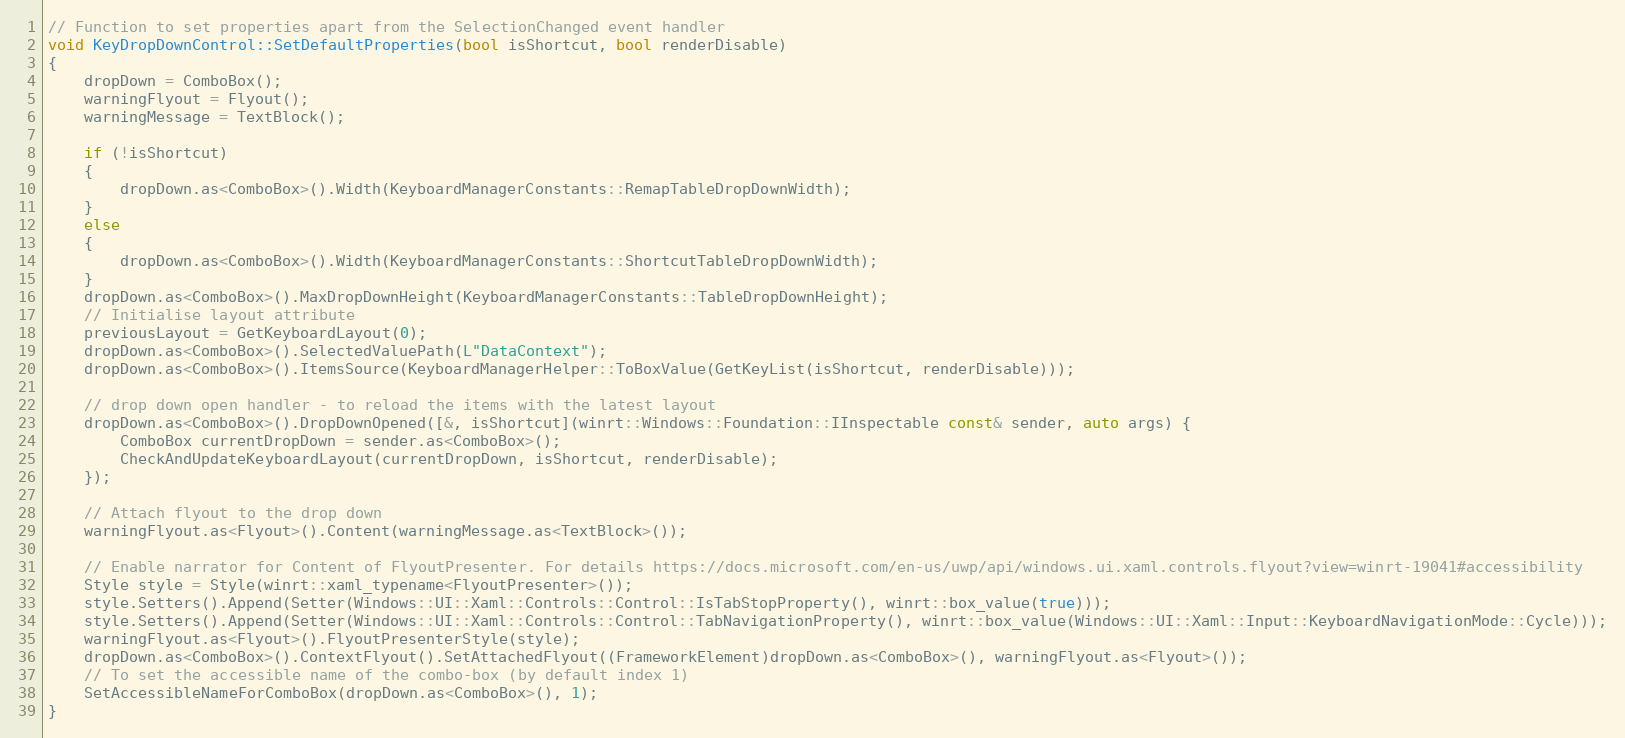
Language: C++
// Function to set properties apart from the SelectionChanged event handler
void KeyDropDownControl::SetDefaultProperties(bool isShortcut, bool renderDisable)
{
    dropDown = ComboBox();
    warningFlyout = Flyout();
    warningMessage = TextBlock();

    if (!isShortcut)
    {
        dropDown.as<ComboBox>().Width(KeyboardManagerConstants::RemapTableDropDownWidth);
    }
    else
    {
        dropDown.as<ComboBox>().Width(KeyboardManagerConstants::ShortcutTableDropDownWidth);
    }
    dropDown.as<ComboBox>().MaxDropDownHeight(KeyboardManagerConstants::TableDropDownHeight);
    // Initialise layout attribute
    previousLayout = GetKeyboardLayout(0);
    dropDown.as<ComboBox>().SelectedValuePath(L"DataContext");
    dropDown.as<ComboBox>().ItemsSource(KeyboardManagerHelper::ToBoxValue(GetKeyList(isShortcut, renderDisable)));

    // drop down open handler - to reload the items with the latest layout
    dropDown.as<ComboBox>().DropDownOpened([&, isShortcut](winrt::Windows::Foundation::IInspectable const& sender, auto args) {
        ComboBox currentDropDown = sender.as<ComboBox>();
        CheckAndUpdateKeyboardLayout(currentDropDown, isShortcut, renderDisable);
    });

    // Attach flyout to the drop down
    warningFlyout.as<Flyout>().Content(warningMessage.as<TextBlock>());

    // Enable narrator for Content of FlyoutPresenter. For details https://docs.microsoft.com/en-us/uwp/api/windows.ui.xaml.controls.flyout?view=winrt-19041#accessibility
    Style style = Style(winrt::xaml_typename<FlyoutPresenter>());
    style.Setters().Append(Setter(Windows::UI::Xaml::Controls::Control::IsTabStopProperty(), winrt::box_value(true)));
    style.Setters().Append(Setter(Windows::UI::Xaml::Controls::Control::TabNavigationProperty(), winrt::box_value(Windows::UI::Xaml::Input::KeyboardNavigationMode::Cycle)));
    warningFlyout.as<Flyout>().FlyoutPresenterStyle(style);
    dropDown.as<ComboBox>().ContextFlyout().SetAttachedFlyout((FrameworkElement)dropDown.as<ComboBox>(), warningFlyout.as<Flyout>());
    // To set the accessible name of the combo-box (by default index 1)
    SetAccessibleNameForComboBox(dropDown.as<ComboBox>(), 1);
}